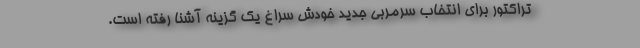
تراکتور برای انتخاب سرمربی جدید خودش سراغ یک گزینه آشنا رفته است.